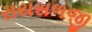
રાયસળજી